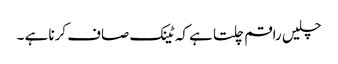
چلیں راقم چلتا ہے کہ ٹینک صاف کرنا ہے ۔